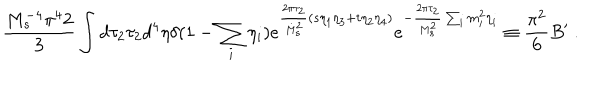
{ \frac { M _ { s } ^ { - 4 } \pi ^ { 4 } 2 } { 3 } } \int d \tau _ { 2 } \tau _ { 2 } d ^ { 4 } \eta \delta ( 1 - \sum _ { i } \eta _ { i } ) e ^ { { \frac { 2 \pi \tau _ { 2 } } { M _ { s } ^ { 2 } } } ( s \eta _ { 1 } \eta _ { 3 } + t \eta _ { 2 } \eta _ { 4 } ) } e ^ { - { \frac { 2 \pi \tau _ { 2 } } { M _ { s } ^ { 2 } } } \sum _ { i } m _ { i } ^ { 2 } \eta _ { i } } \equiv { \frac { \pi ^ { 2 } } { 6 } } B ^ { \prime } \ .